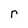
Character: r